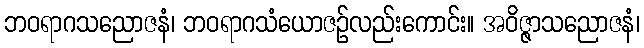
ဘဝရာဂသညောဇနံ၊ ဘဝရာဂသံယောဇဉ်လည်းကောင်း။ အဝိဇ္ဇာသညောဇနံ၊